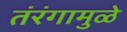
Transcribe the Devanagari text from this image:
तंरंगामुळे